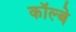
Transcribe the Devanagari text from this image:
कॉल्बे